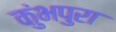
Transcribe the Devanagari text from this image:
कुंभपुरा